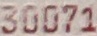
300071